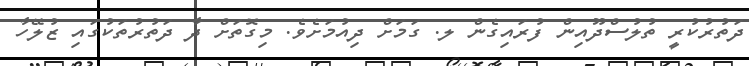
ދަތުރުކުރީ ތުލުސްދޫއިން ފުރައިގެން ލ. ގަމަށް ދިއުމަށެވެ. މިގޮތަށް ދާ ދަތުރުތަކުގައި ޒުލޭހާ